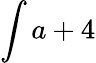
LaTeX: \int a+4